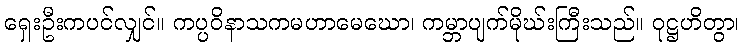
ရှေးဦးကပင်လျှင်။ ကပ္ပဝိနာသကမဟာမေဃော၊ ကမ္ဘာပျက်မိုဃ်းကြီးသည်။ ဝုဋ္ဌဟိတွာ၊